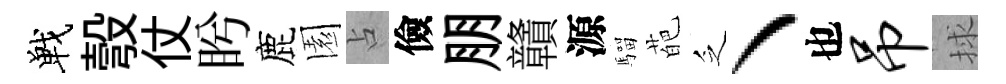
戰彀仗盻鹿園占儉朋贛源騮葩乏丶也吊捄